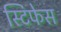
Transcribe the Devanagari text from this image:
स्टिफेस